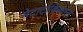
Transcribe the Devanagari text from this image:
मेटाटांकिकाम्ल